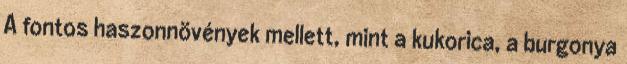
A fontos haszonnövények mellett, mint a kukorica, a burgonya